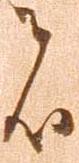
者